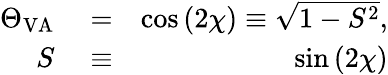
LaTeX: \begin{array}{rlr}{\Theta_{\mathrm{VA}}}&{{}=}&{\cos\left(2\chi\right)\equiv\sqrt{1-S^{2}},}\\ {S}&{{}\equiv}&{\sin\left(2\chi\right)}\end{array}